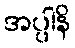
အပ္ပါနိ